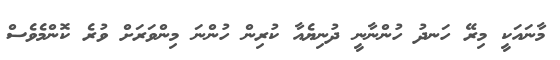
މާނައަކީ މިރޭ ހަނދު ހުންނާނީ ދުނިޔެއާ ކުރިން ހުންނަ މިންވަރަށް ވުރެ ކޮންމެވެސް